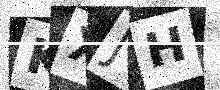
Text: KXJH